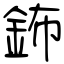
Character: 鈽